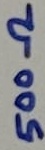
Text: 500Ω